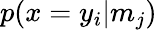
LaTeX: p(x=y_{i}|m_{j})